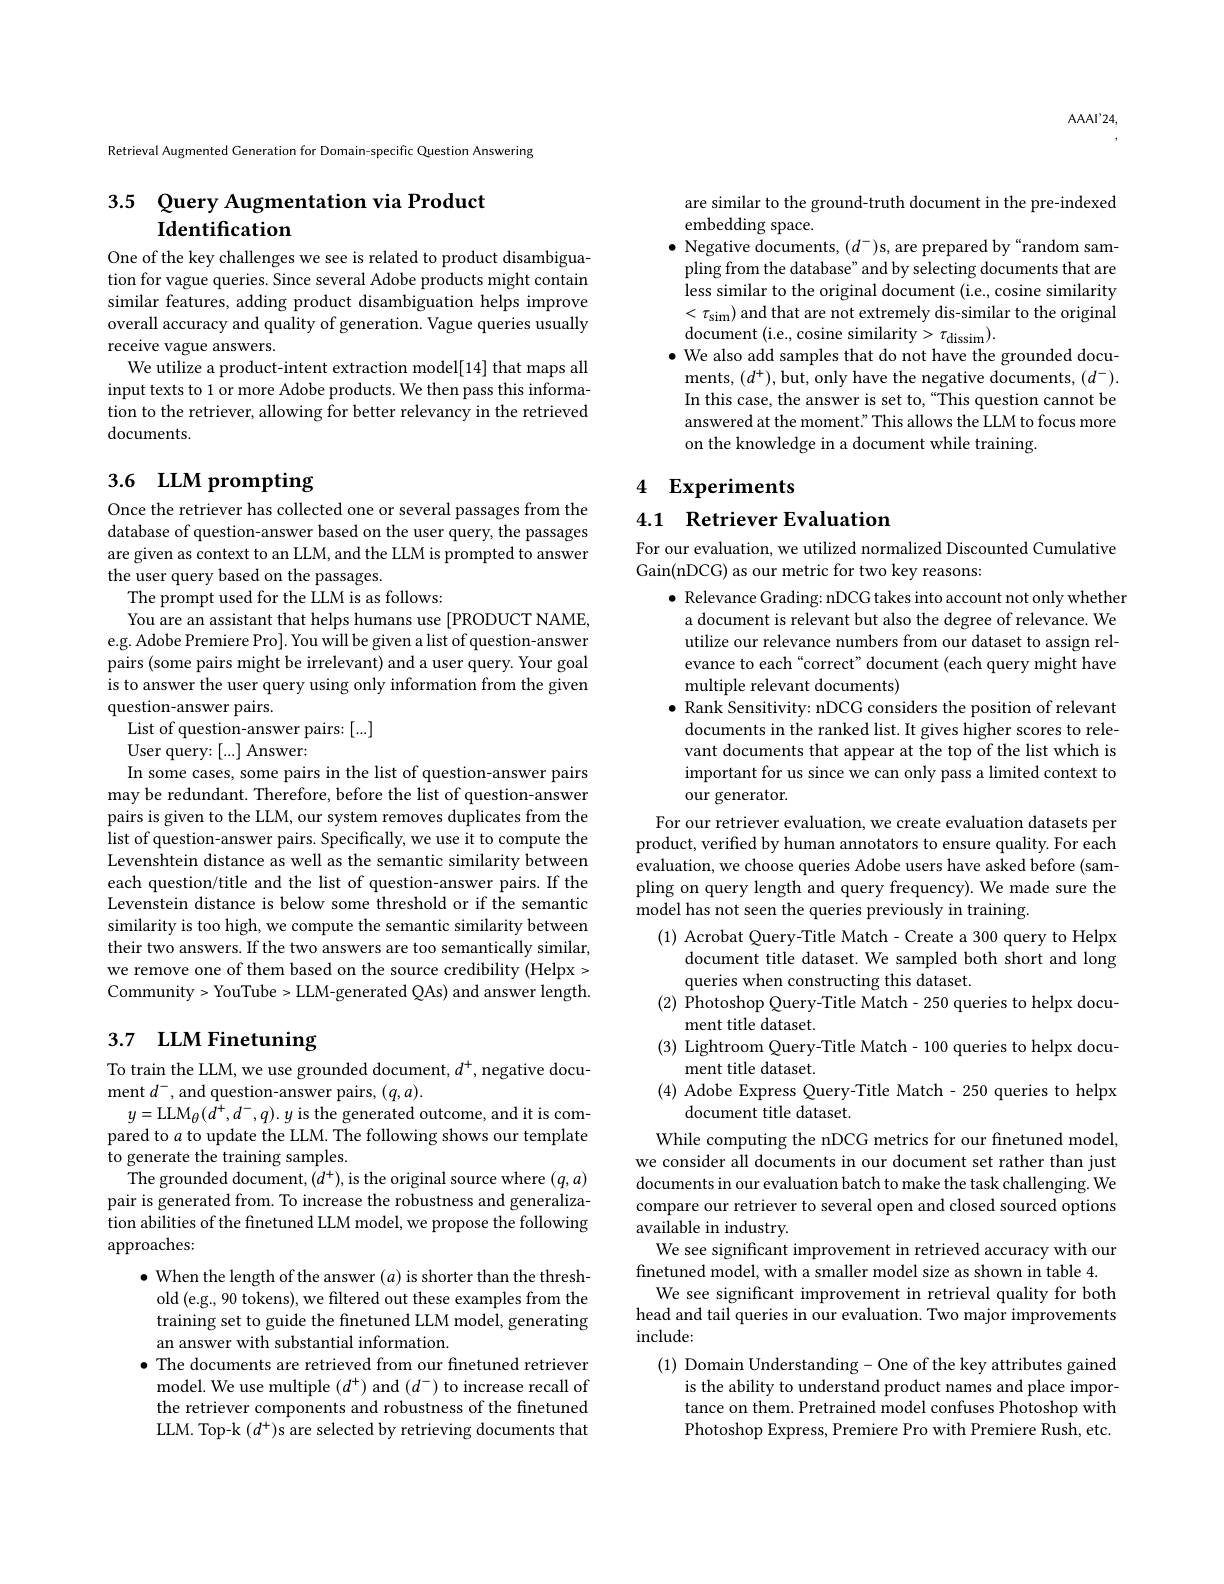
$AAAI’24$,

Retrieval Augmented Generation for Domain-specific Question Answering

## 3.5 Query Augmentation via Product Identification

One of the key challenges we see is related to product disambiguation for vague queries. Since several Adobe products might contain similar features, adding product disambiguation helps improve overall accuracy and quality of generation. Vague queries usually receive vague answers.
We utilize a product-intent extraction model[14] that maps all input texts to 1 or more Adobe products. We then pass this information to the retriever, allowing for better relevancy in the retrieved documents.

# 3.6 LLM prompting

Once the retriever has collected one or several passages from the database of question-answer based on the user query, the passages are given as context to an LLM, and the LLM is prompted to answer the user query based on the passages.
The prompt used for the LLM is as follows:
You are an assistant that helps humans use [PRODUCT NAME, e.g. Adobe Premiere Pro]. You will be given a list of question-answer pairs (some pairs might be irrelevant) and a user query. Your goal is to answer the user query using only information from the given question-answer pairs.
List of question-answer pairs: [...]
User query:[...] Answer:
In some cases, some pairs in the list of question-answer pairs may be redundant. Therefore, before the list of question-answer pairs is given to the LLM, our system removes duplicates from the list of question-answer pairs. Specifically, we use it to compute the Levenshtein distance as well as the semantic similarity between each question/title and the list of question-answer pairs. If the Levenstein distance is below some threshold or if the semantic similarity is too high, we compute the semantic similarity between their two answers. If the two answers are too semantically similar, we remove one of them based on the source credibility (Helpx > Community> YouTube > LLM-generated QAs) and answer length.

## 3.7 $\textbf{LLM Finetuning}$

To train the LLM, we use grounded document, $d^+$, negative docu-
ment $d^-$, and question-answer pairs, $(q,a).$
$y=$LLM$_\theta(d^+,d^-,q).y$ is the generated outcome, and it is compared to $a$ to update the LLM. The following shows our template to generate the training samples.
The grounded document, $(d^+)$,is the original source where $(q,a)$ pair is generated from. To increase the robustness and generalization abilities of the finetuned LLM model, we propose the following approaches:
$\bullet$ When the length of the answer $(a)$ is shorter than the threshold (e.g., 90 tokens), we filtered out these examples from the training set to guide the finetuned LLM model, generating an answer with substantial information.
$\bullet$ The documents are retrieved from our fnetuned retriever
model. We use multiple $(d^+)$ and $(d^-)$ to increase recall of the retriever components and robustness of the finetuned LLM. Top-k $(d^+)$s are selected by retrieving documents that

are similar to the ground-truth document in the pre-indexed
embedding space.
$\bullet$ Negative documents, $(d^-)$s, are prepared by“random sampling from the database" and by selecting documents that are less similar to the original document (i.e., cosine similarity $<\tau_{\mathrm{sim}})$ and that are not extremely dis-similar to the original document (i.e., cosine similarity> $\tau_\mathrm{dissim}).$
$\bullet$ We also add samples that do not have the grounded docu-
ments, $(d^+)$,but, only have the negative documents, $(d^-).$ In this case, the answer is set to, “This question cannot be answered at the moment." This allows the LLM to focus more on the knowledge in a document while training.

# 4 Experiments

4.1 Retriever Evaluation

For our evaluation, we utilized normalized Discounted Cumulative
Gain(nDCG) as our metric for two key reasons:

$\bullet$ Relevance Grading: nDCG takes into account not only whether
a document is relevant but also the degree of relevance. We utilize our relevance numbers from our dataset to assign relevance to each“correct” document (each query might have multiple relevant documents)
$\bullet$ Rank Sensitivity: nDCG considers the position of relevant documents in the ranked list. It gives higher scores to relevant documents that appear at the top of the list which is important for us since we can only pass a limited context to our generator.
For our retriever evaluation, we create evaluation datasets per product, verified by human annotators to ensure quality. For each evaluation, we choose queries Adobe users have asked before (sampling on query length and query frequency). We made sure the model has not seen the queries previously in training.
(1) Acrobat Query-Title Match- Create a 300 query to Helpx
document title dataset. We sampled both short and long
queries when constructing this dataset.
(2) Photoshop Query-Title Match- 250 queries to helpx docu-
ment title dataset.
(3) Lightroom Query-Title Match- 100 queries to helpx docu-
ment title dataset
(4) Adobe Express Query-Title Match- 250 queries to helpx
document title dataset.
While computing the nDCG metrics for our finetuned model, we consider all documents in our document set rather than just documents in our evaluation batch to make the task challenging. We compare our retriever to several open and closed sourced options available in industry.
We see significant improvement in retrieved accuracy with our
finetuned model, with a smaller model size as shown in table 4.
We see significant improvement in retrieval quality for both head and tail queries in our evaluation. Two major improvements $\operatorname{include:}$
(1) Domain Understanding- One of the key attributes gained
is the ability to understand product names and place importance on them. Pretrained model confuses Photoshop with Photoshop Express, Premiere Pro with Premiere Rush, etc.